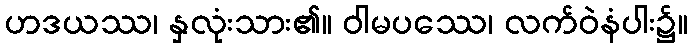
ဟဒယဿ၊ နှလုံးသား၏။ ဝါမပဿေ၊ လက်ဝဲနံပါး၌။